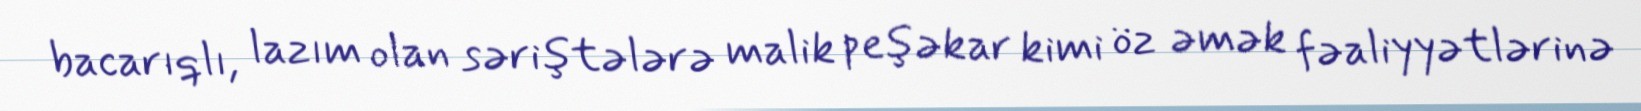
bacarıqlı, lazım olan səriştələrə malik peşəkar kimi öz əmək fəaliyyətlərinə